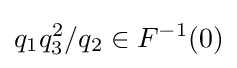
q_{1}q_{3}^{2}/q_{2}\in F^{-1}(0)